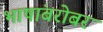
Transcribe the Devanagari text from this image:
भाषांबरोबर